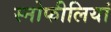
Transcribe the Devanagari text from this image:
स्नोफीलियां